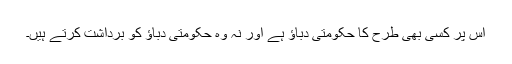
اُس پر کسی بھی طرح کا حکومتی دباؤ ہے اور نہ وہ حکومتی دباؤ کو برداشت کرتے ہیں۔